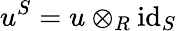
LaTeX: u^{S}=u\otimes_{R}{\mathrm{id}}_{S}